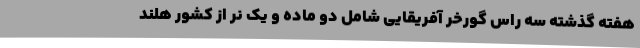
هفته گذشته سه راس گورخر آفریقایی شامل دو ماده و یک نر از کشور هلند